Medical and sanitary report of the native army of Bengal for the year
Year: 1875
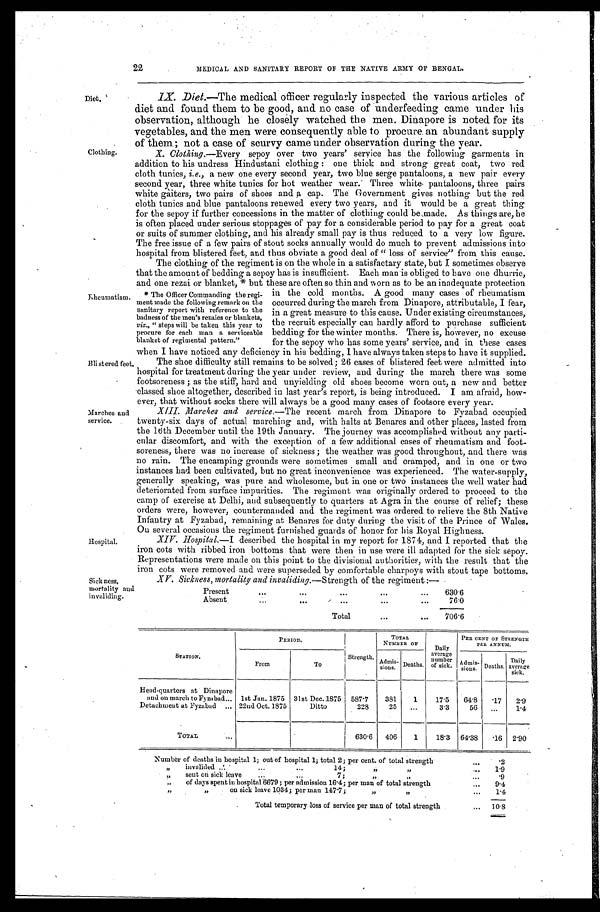
22
MEDICAL AND SANITARY REPORT OF THE NATIVE ARMY OF BENGAL.
Diet.
Clothing.
Rheumatism
B1i stered feet
Marches and
service.
IX. Diet.—The medical officer regularly inspected the various articles of
diet and found them to be good, and no case of underfeeding came under his
observation, although he closely watched the men. Dinapore is noted for its
vegetables, and the men were consequently able to procure an abundant supply
o f t h e m; n o t a c a s e o f s c u r v y c a me u n d e r o b s e r v a t i o n d u r i n g t h e y e a r .
X. Clothing.—Every
sepoy over two years' service has the following garments in
addition to his undress Hindustani clothing: one thick and strong great coat, two red
cloth tunics, i.e ., a new one every second year, two blue serge pantaloons, a new pair every
second year, three white tunics for hot weather wear. Three white pantaloons, three pairs
white gaiters, two pairs of shoes and a cap. The Government gives nothing but the red
cloth tunics and blue pantaloons renewed every two years, and it would be a great thing
for the sepoy if further concessions in the matter of clothing could be made. As things are, he
is often placed under serious stoppages of pay for a considerable period to pay for a great coat
or suits of summer clothing, and his already small pay is thus reduced to a very low figure.
The free issue of a few pairs of stout socks annually would do much to prevent admissions into
hospital from blistered feet, and thus obviate a good deal of "loss of service" from this cause.
The clothing of the regiment is on the whole in a satisfactary state, but I sometimes observe
that the amount of bedding a sepoy has is insufficient. Each man is obliged to have one dhurrie,
and one rezai or blanket, *but these are often so thin and worn as to be an inadequate protection
in the cold months. A good many cases of rheumatism
occurred during the march from Dinapore, attributable, I fear,
in a great measure to this cause. Under existing circumstances,
the recruit especially can hardly afford to purchase sufficient
bedding for the winter months. There is, however, no excuse
for the sepoy who has some years' service, and in these cases
when I have noticed any deficiency in his bedding, I have always taken steps to have it supplied.
The shoe difficulty still remains to be solved; 26 cases of blistered feet were admitted into
hospital for treatment during the year under review, and during the march there was some
footsoreness; as the stiff, hard and unyielding old shoes become worn out, a new and better
classed shoe altogether, described in last year's report, is being introduced. I am afraid, how
-
ever, that without socks there will always be a good many cases of footsore every year.
XIII. March and service.—The recent march from Dinapore to Fyzabad occupied
twenty-six days of actual marching and, with halts at Benares and other places, lasted from
the 16th December until the 19th January. The journey was accomplished without any parti
-
cular discomfort, and with the exception of a few additional cases of rheumatism and foot-
soreness, there was no increase of sickness; the weather was good throughout, and there was
no rain. The encamping grounds were sometimes small and cramped, and in one or two
instances had been cultivated, but no great inconvenience was experienced. The water-supply,
generally speaking, was pure and wholesome, but in one or two instances the well water had
deteriorated from surface impurities. The regiment was originally ordered to proceed to the
camp of exercise at Delhi, and subsequently to quarters at Agra in the course of relief; these
orders were, however, countermanded and the regiment was ordered to relieve the 8th Native
Infantry at Fyzabad, remaining at Benares for duty during the visit of the Prince of Wales.
On several occasions the regiment furnished guards of honor for his Royal Highness.
* The Officer Commanding the regi-
ment made the following remark on the
sanitary report with reference to the
badness of the men's rezaies or blankets,
viz., "steps will be taken this year to
procure for each man a serviceable
blanket of regimental pattern."
Hospital.
XIV. Hospital.— I described the hospital in my report for 1874, and I reported that the
iron cots with ribbed iron bottoms that were then in use were ill adapted for the sick sepoy.
Representations were made on this point to the divisional authorities, with the result that the
iron cots were removed and were superseded by comfortable charpoys with stout tape bottoms.
Sick ness,
mortality and
invaliding.
XV. Sickness, mortality and invaliding.— Strength of the regiment:—
Present . . .
630.6
Absent . . .
76.0
T o t a l . . .
706.6
STATION.
PERIOD.
Strength.
TOTAL
NUMBER O F
Daily
average
number
of sick.
PER CENT OF STRENGTH
PER ANNUM.
From
To
Admis-
sions. Deaths.
Admi s-
sions. Deaths.
Daily
average
s i c k .
Head-quarters at Dinapore
and on march to Fyzabad . . . 1st Jan. 1875 31st Dec. 1875 587.7
381
1
17.5
64.8
.17
2.9
Detachment at Fyzabad . . . 22nd Oct. 1875
Ditto
228
25
. . .
3.3
56
. . .
1.4
TOTAL .. .
630.6
406
1
18.3 64.38
.16 2.90
Number of deaths in hospital 1; out of hospital 1; total 2; per cent. of total strength . . .
.2
"
invalided
. . . 1 4 ; " "
1.9
"
s e n t o n s i c k l e a v e . . . 7 ; " " . . .
.9
"
of days spent in hospital 6679; per admission 16.4; per man of total strength . . .
9.4
"
"
on sick leave 1034; per man 147.7;
"
" .
.
.
1.4
Total temporary loss of service per man of total strength . . .
10.8